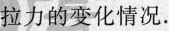
拉力的变化情况.